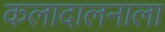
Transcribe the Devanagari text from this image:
कलादालनाला